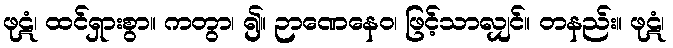
ဖုဋံ၊ ထင်ရှားစွာ။ ကတွာ၊ ၍။ ဉာဏေနေဝ၊ ဖြင့်သာလျှင်။ တနည်း။ ဖုဋံ၊